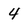
Character: 4